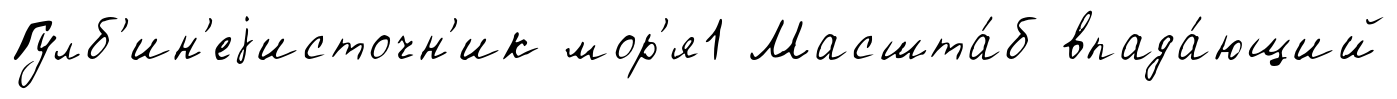
Гулб'ин'еjисточн'ик мор'я1 Масшта́б впада́ющий